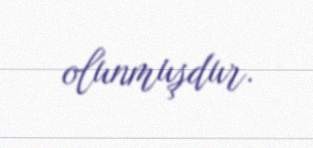
olunmuşdur.